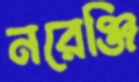
নরেঞ্জি